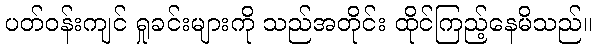
ပတ်ဝန်းကျင် ရှုခင်းများကို သည်အတိုင်း ထိုင်ကြည့်နေမိသည်။